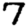
Digit: 7